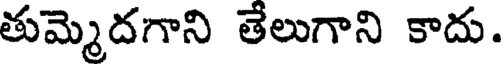
తుమ్మెదగాని తేలుగాని కాదు.